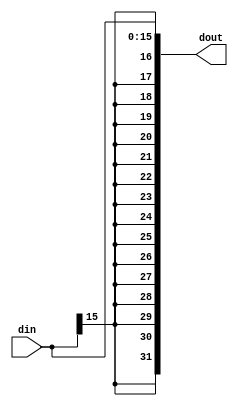
module S_EXTEND(input [(IN_SIZE - 1):0] din, output [(OUT_SIZE - 1):0] dout);
    parameter IN_SIZE = 16;
	parameter OUT_SIZE = 32;
	assign dout[(OUT_SIZE - 1):0] = { { IN_SIZE{din[(IN_SIZE - 1)]} }, din[(IN_SIZE - 1):0] };
endmodule